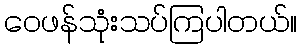
ဝေဖန်သုံးသပ်ကြပါတယ်။